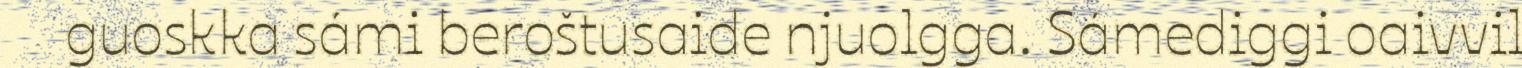
guoskka sámi beroštusaide njuolgga. Sámediggi oaivvil